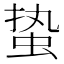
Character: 蛰